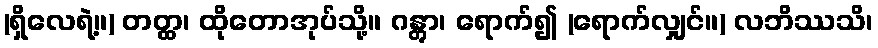
(ရှိလေရဲ့။) တတ္ထ၊ ထိုတောအုပ်သို့။ ဂန္တွာ၊ ရောက်၍ (ရောက်လျှင်။) လဘိဿသိ၊